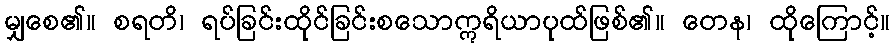
မျှစေ၏။ စရတိ၊ ရပ်ခြင်းထိုင်ခြင်းစသောဣရိယာပုထ်ဖြစ်၏။ တေန၊ ထိုကြောင့်။